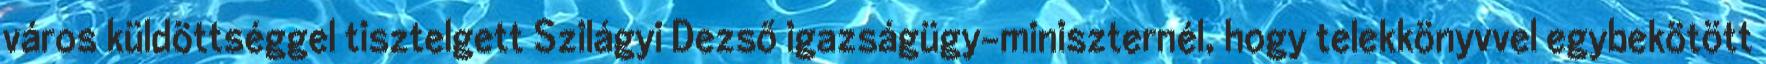
város küldöttséggel tisztelgett Szilágyi Dezső igazságügy-miniszternél, hogy telekkönyvvel egybekötött